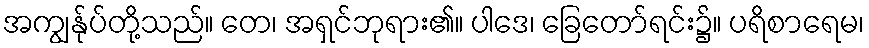
အကျွန်ုပ်တို့သည်။ တေ၊ အရှင်ဘုရား၏။ ပါဒေ၊ ခြေတော်ရင်း၌။ ပရိစာရေမ၊